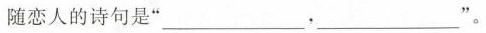
随恋人的诗句是”____，___”。